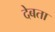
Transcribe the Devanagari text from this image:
देबता